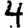
Digit: 4